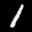
Label: 1